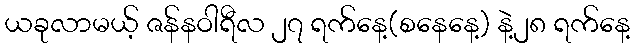
ယခုလာမယ့် ဇန်နဝါရီလ ၂၇ ရက်နေ့(စနေနေ့) နဲ့၂၈ ရက်နေ့